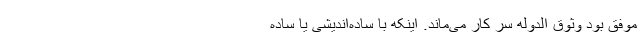
موفق بود وثوق الدوله سر کار می‌ماند. اینکه با ساده‌اندیشی یا ساده